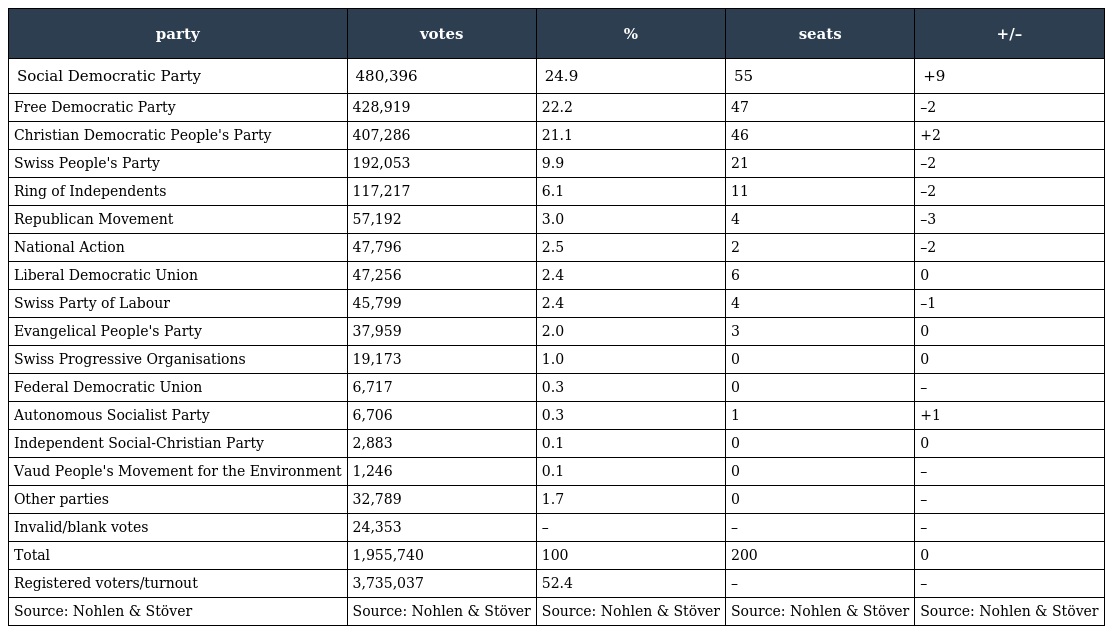
| party | votes | % | seats | +/– |
 | --- | --- | --- | --- | --- |
 | Social Democratic Party | 480,396 | 24.9 | 55 | +9 |
 | Free Democratic Party | 428,919 | 22.2 | 47 | –2 |
 | Christian Democratic People's Party | 407,286 | 21.1 | 46 | +2 |
 | Swiss People's Party | 192,053 | 9.9 | 21 | –2 |
 | Ring of Independents | 117,217 | 6.1 | 11 | –2 |
 | Republican Movement | 57,192 | 3.0 | 4 | –3 |
 | National Action | 47,796 | 2.5 | 2 | –2 |
 | Liberal Democratic Union | 47,256 | 2.4 | 6 | 0 |
 | Swiss Party of Labour | 45,799 | 2.4 | 4 | –1 |
 | Evangelical People's Party | 37,959 | 2.0 | 3 | 0 |
 | Swiss Progressive Organisations | 19,173 | 1.0 | 0 | 0 |
 | Federal Democratic Union | 6,717 | 0.3 | 0 | – |
 | Autonomous Socialist Party | 6,706 | 0.3 | 1 | +1 |
 | Independent Social-Christian Party | 2,883 | 0.1 | 0 | 0 |
 | Vaud People's Movement for the Environment | 1,246 | 0.1 | 0 | – |
 | Other parties | 32,789 | 1.7 | 0 | – |
 | Invalid/blank votes | 24,353 | – | – | – |
 | Total | 1,955,740 | 100 | 200 | 0 |
 | Registered voters/turnout | 3,735,037 | 52.4 | – | – |
 | Source: Nohlen & Stöver | Source: Nohlen & Stöver | Source: Nohlen & Stöver | Source: Nohlen & Stöver | Source: Nohlen & Stöver |